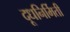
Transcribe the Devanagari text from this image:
दूधनिर्मिती